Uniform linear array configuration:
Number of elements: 64
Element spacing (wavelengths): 0.75
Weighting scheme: cosine
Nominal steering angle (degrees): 0
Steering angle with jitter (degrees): -0.5831
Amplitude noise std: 0.05
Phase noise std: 0.05

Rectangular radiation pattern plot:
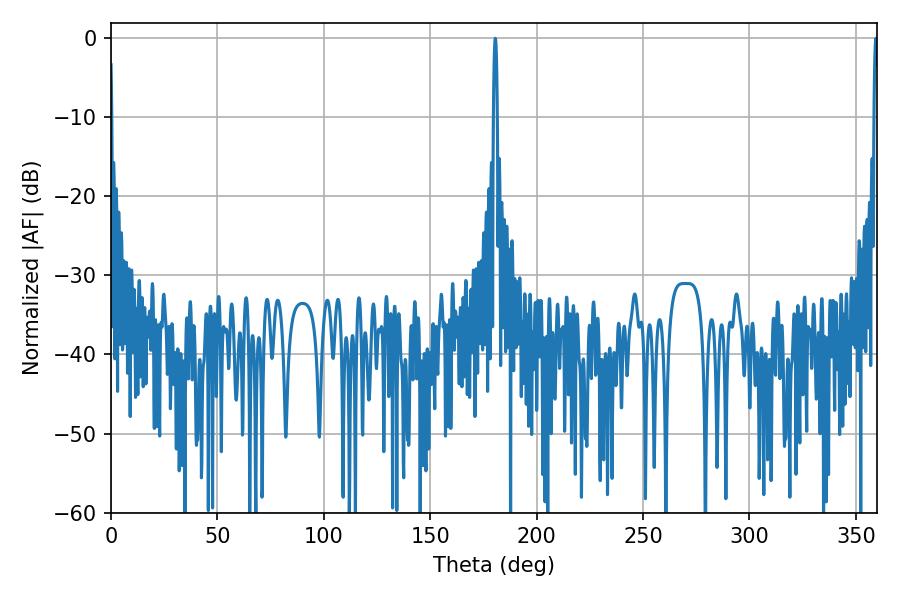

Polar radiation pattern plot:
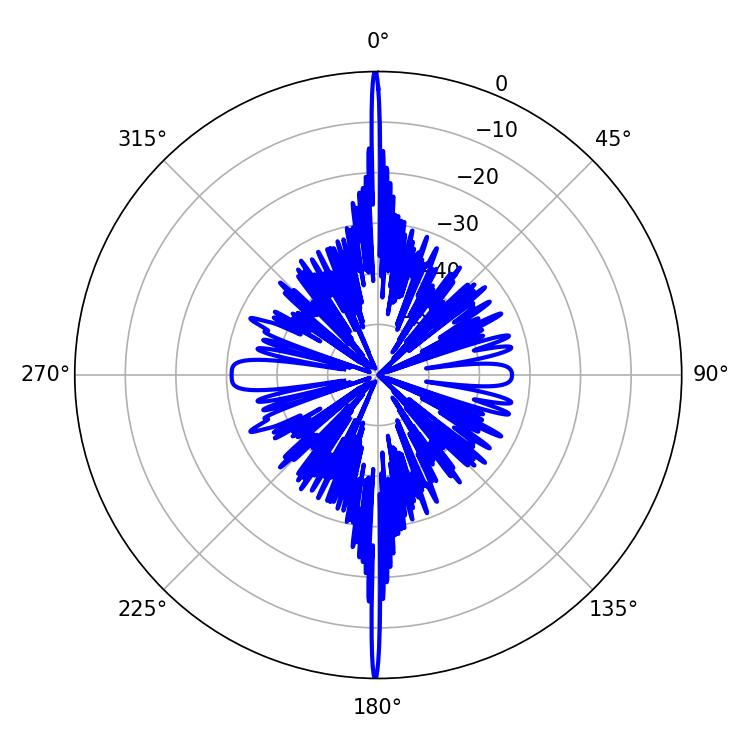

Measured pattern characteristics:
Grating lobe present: TRUE
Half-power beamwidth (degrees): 0.9
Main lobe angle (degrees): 180.54